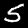
Digit: 5